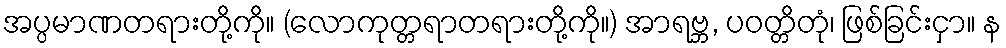
အပ္ပမာဏတရားတို့ကို။ (လောကုတ္တရာတရားတို့ကို။) အာရဗ္ဘ, ပဝတ္တိတုံ၊ ဖြစ်ခြင်းငှာ။ န